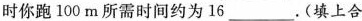
时你跑100m所需时间约为16___.(填上合